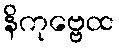
နိကုဗ္ဗေထ